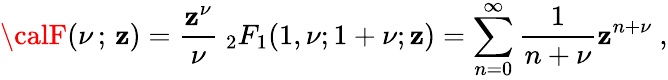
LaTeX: {\calF}(\nu\, ;\, \mathbf{z})=\frac{{\mathbf{z}^{\nu}}}{{\nu}}\ _{2}F_{1}(1,\nu;1+\nu;\mathbf{z})=\sum_{n=0}^{\infty}\frac{{1}}{{n+\nu}}\mathbf{z}^{n+\nu}~,